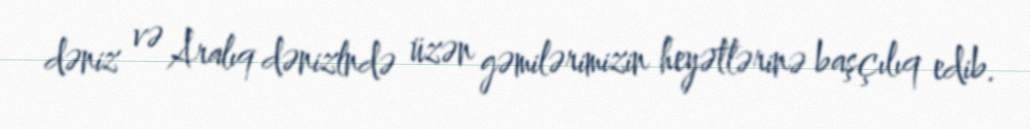
dəniz və Aralıq dənizlndə üzən gəmilərimizin heyətlərinə başçılıq edib.